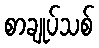
စာချုပ်သစ်